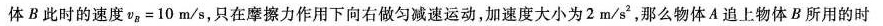
体B此时的速度va=10m/s，只在摩擦力作用下向右做匀减速运动，加速度大小为2m/s2，那么物体A追上物体B所用的时